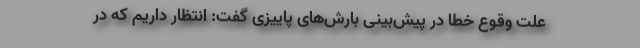
علت وقوع خطا در پیش‌بینی‌ بارش‌های پاییزی گفت: انتظار داریم که در